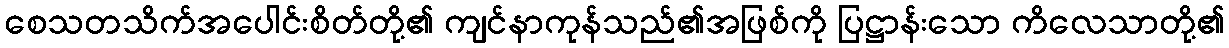
စေသတသိက်အပေါင်းစိတ်တို့၏ ကျင်နာကုန်သည်၏အဖြစ်ကို ပြဋ္ဌာန်းသော ကိလေသာတို့၏